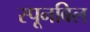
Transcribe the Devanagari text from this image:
स्पूनबिल